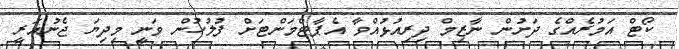
ކޯޓް އަމުރެއްގެ ދަށުން ނާޒިމް ދިރިއުޅުއްވާ އެޕާޓްމަންޓަށް ފުލުހުން ވަނީ މިދިޔަ ޖެނުއަރީ